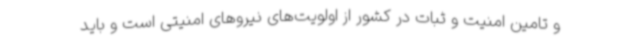
و تامین امنیت و ثبات در کشور از اولویت‌های نیروهای امنیتی است و باید